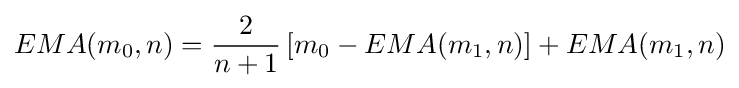
EMA(m_{0},n)={\frac {2}{n+1}}\left[m_{0}-EMA(m_{1},n)\right]+EMA(m_{1},n)